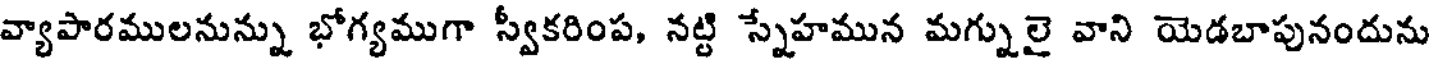
వ్యాపారములనున్ను భోగ్యముగా స్వీకరింప, నట్టి స్నేహమున మగ్నులై వాని యెడబాపునందును